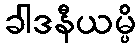
ခါဒနီယမ္ပိ